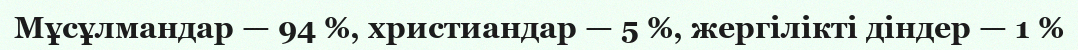
Мұсұлмандар — 94 %, христиандар — 5 %, жергілікті діндер — 1 %